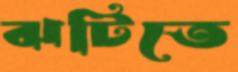
ঝটিতে